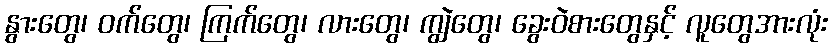
နွားတွေ၊ ဝက်တွေ၊ ကြက်တွေ၊ လားတွေ၊ ကျွဲတွေ၊ ခွေးဝဲစားတွေနှင့် လူတွေအားလုံး